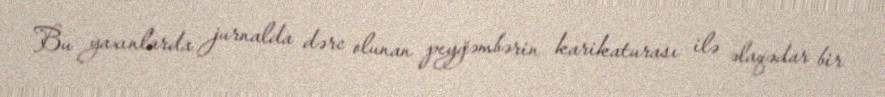
Bu yaxınlarda jurnalda dərc olunan peyğəmbərin karikaturası ilə əlaqədar bir